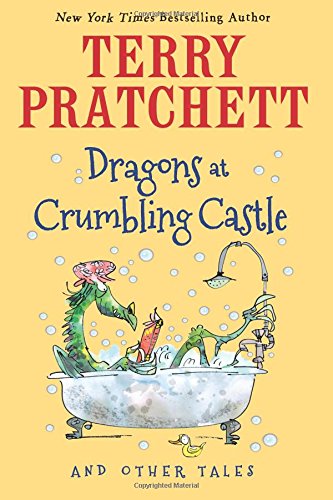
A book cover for Dragons at Crumbling Castle: And Other Tales; Terry Pratchett; Children's Books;